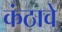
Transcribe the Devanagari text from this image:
कंठावे